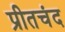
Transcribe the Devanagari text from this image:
प्रीतचंद